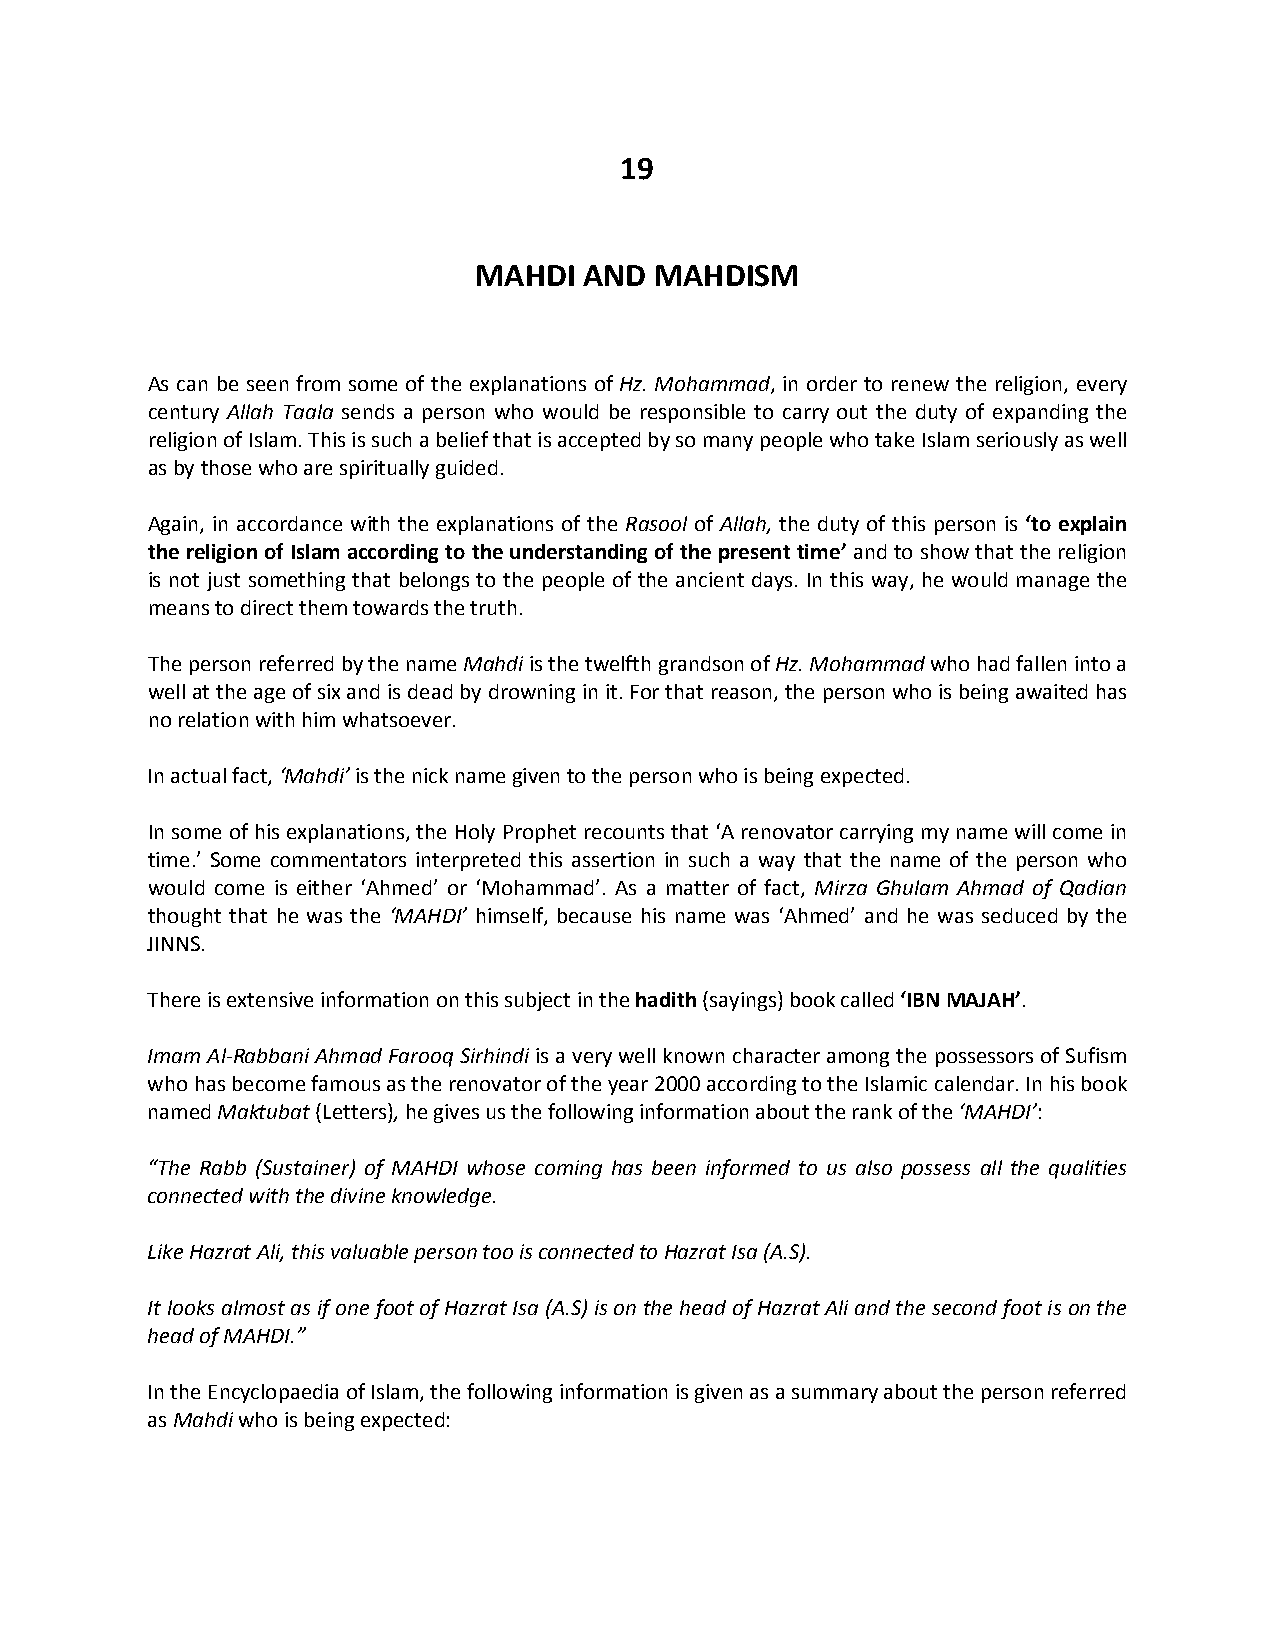
19
 MAHDI   AND MAHDISM
 As can be seen from some of the explanations of Hz. Mohammad, in order to renew the religion, every
 century Allah Taala sends a person who would be responsible to carry out the duty of expanding the
 religion of Islam. This is such a belief that is accepted by so many people who take Islam seriously as well
 as by those who are spiritually guided.
 Again, in accordance with the explanations of the Rasool of Allah, the duty of this person is ‘to explain
 the religion of Islam according to the understanding of the present time’ and to show that the religion
 is not just something that belongs to the people of the ancient days. In this way, he would manage the
 means to direct them towards the truth.
 The person referred by the name Mahdi is the twelfth grandson of Hz. Mohammad who had fallen into a
 well at the age of six and is dead by drowning in it. For that reason, the person who is being awaited has
 no relation with him whatsoever.
 In actual fact, ‘Mahdi’ is the nick name given to the person who is being expected.
 In some of his explanations, the Holy Prophet recounts that ‘A renovator carrying my name will come in
 time.’ Some commentators interpreted this assertion in such a way that the name of the person who
 would come is either ‘Ahmed’ or ‘Mohammad’. As a matter of fact, Mirza Ghulam Ahmad of Qadian
 thought that he was the ‘MAHDI’ himself, because his name was ‘Ahmed’ and he was seduced by the
 JINNS.
 There is extensive information on this subject in the hadith (sayings) book called ‘IBN MAJAH’.
 Imam Al-Rabbani Ahmad Farooq Sirhindi is a very well known character among the possessors of Sufism
 who has become famous as the renovator of the year 2000 according to the Islamic calendar. In his book
 named Maktubat (Letters), he gives us the following information about the rank of the ‘MAHDI’:
 “The Rabb (Sustainer) of MAHDI whose coming has been informed to us also possess all the qualities
 connected with the divine knowledge.
 Like Hazrat Ali, this valuable person too is connected to Hazrat Isa (A.S).
 It looks almost as if one foot of Hazrat Isa (A.S) is on the head of Hazrat Ali and the second foot is on the
 head of MAHDI.”
 In the Encyclopaedia of Islam, the following information is given as a summary about the person referred
 as Mahdi who is being expected: